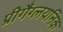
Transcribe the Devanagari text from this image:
प्रीगैंग्लयनिक